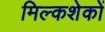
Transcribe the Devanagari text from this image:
मिल्कशेकों